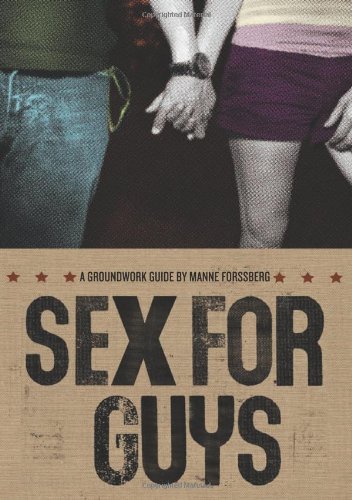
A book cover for Sex for Guys (Groundwork Guides); Manne Forssberg; Teen & Young Adult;